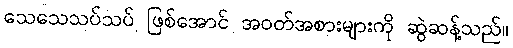
သေသေသပ်သပ် ဖြစ်အောင် အဝတ်အစားများကို ဆွဲဆန့်သည်။